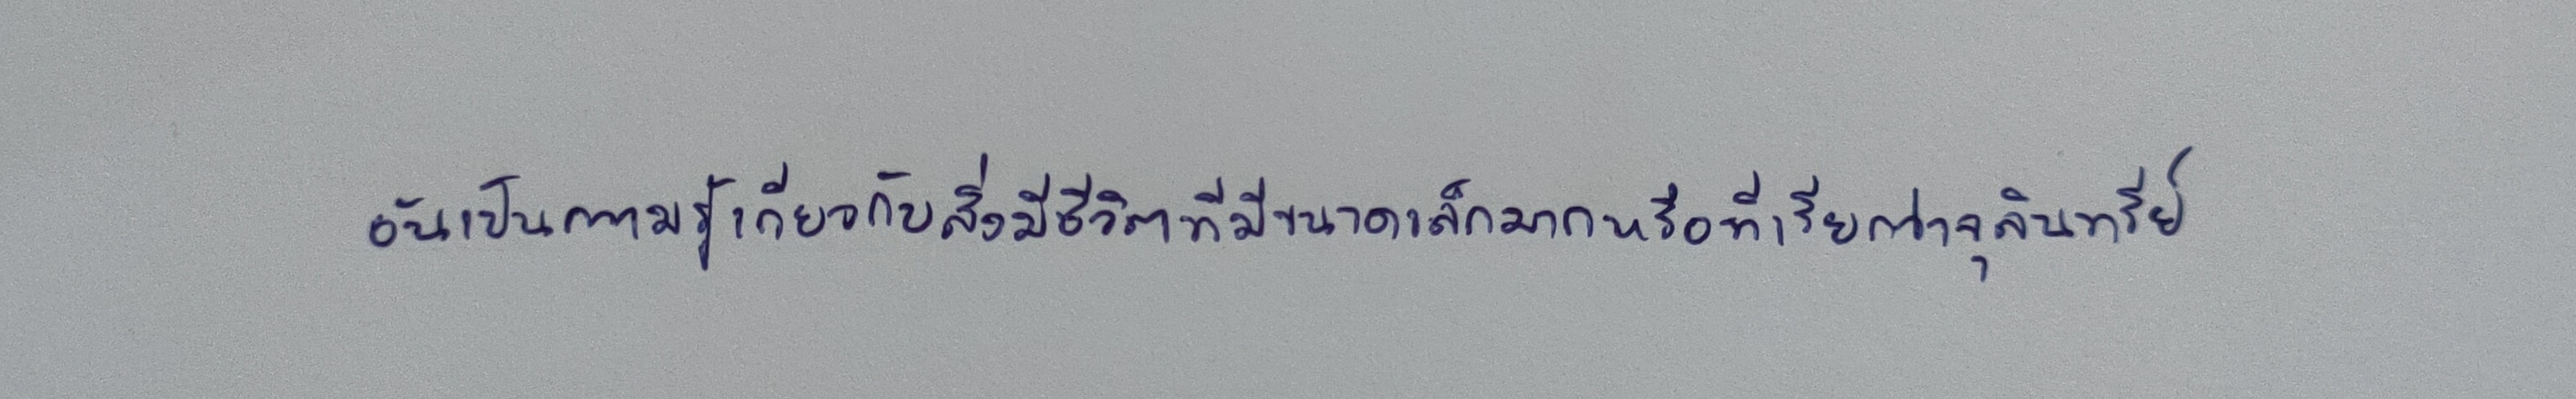
อันเป็นความรู้เกี่ยวกับสิ่งมีชีวิตที่มีขนาดเล็กมากหรือที่เรียกว่าจุลินทรีย์